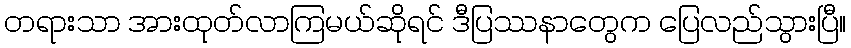
တရားသာ အားထုတ်လာကြမယ်ဆိုရင် ဒီပြဿနာတွေက ပြေလည်သွားပြီ။